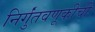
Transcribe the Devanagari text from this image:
निर्गुंतवणूकीची